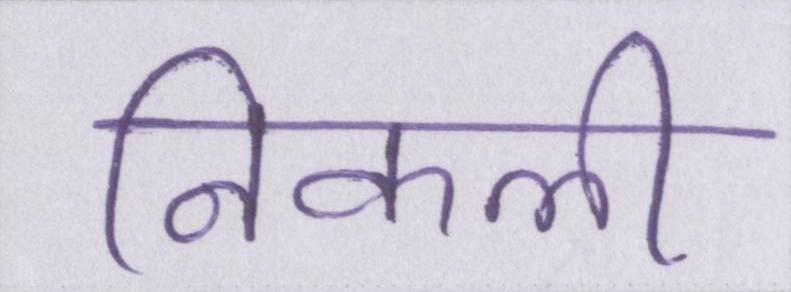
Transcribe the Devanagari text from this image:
निकली